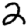
Digit: 2